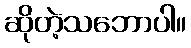
ဆိုတဲ့သဘောပါ။